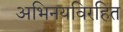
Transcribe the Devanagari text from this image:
अभिनयविरहित